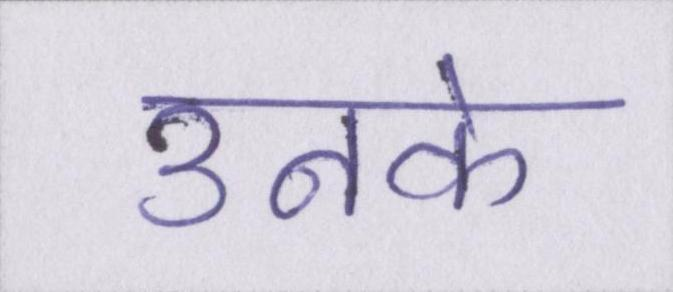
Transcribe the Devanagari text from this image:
उनके